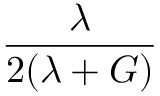
\frac { \lambda } { 2 ( \lambda + G ) }